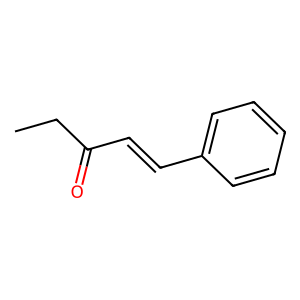
SMILES: CCC(=O)C=Cc1ccccc1
Inhibits HIV replication: No